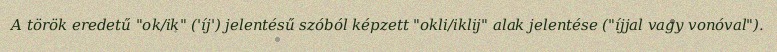
A török eredetű "ok/ik" ('íj') jelentésű szóból képzett "okli/iklij" alak jelentése ("íjjal vagy vonóval").